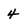
Character: 4